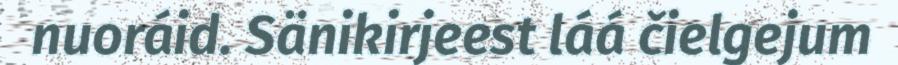
nuoráid. Sänikirjeest láá čielgejum